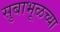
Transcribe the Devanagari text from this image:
सुबाभूळच्या